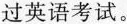
过英语考试.